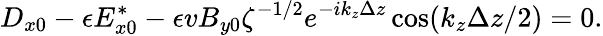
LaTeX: D_{x0}-\epsilon E_{x0}^{*}-\epsilon vB_{y0}\zeta^{-1/2}e^{-ik_{z}\Delta z}\cos(k_{z}\Delta z/2)=0.